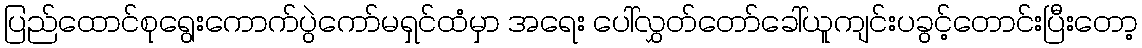
ပြည်ထောင်စုရွေးကောက်ပွဲကော်မရှင်ထံမှာ အရေး ပေါ်လွှတ်တော်ခေါ်ယူကျင်းပခွင့်တောင်းပြီးတော့